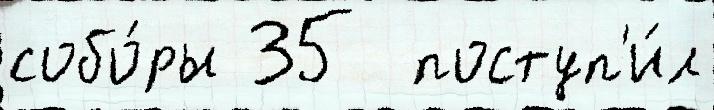
собо́ры 35  поступ'и́л